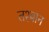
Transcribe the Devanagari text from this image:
तश्बान